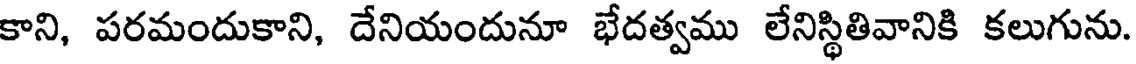
కాని, పరమందుకాని, దేనియందునూ భేదత్వము లేనిస్థితివానికి కలుగును.